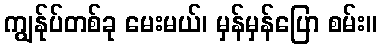
ကျွန်ုပ်တစ်ခု မေးမယ်၊ မှန်မှန်ပြော စမ်း။